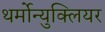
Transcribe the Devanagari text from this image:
थर्मोन्युक्लियर